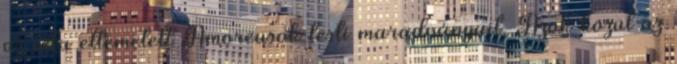
az oda eltemetett Amoreusok testi maradványait. Azok közül az